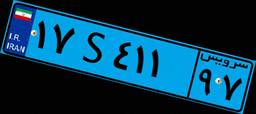
۱۷S۴۱۱۹۷